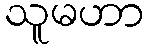
သူမဟာ